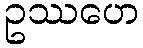
ဥဿဟေ